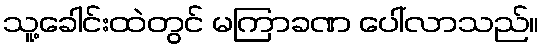
သူ့ခေါင်းထဲတွင် မကြာခဏ ပေါ်လာသည်။